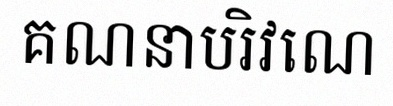
គណនាបរិវេណ